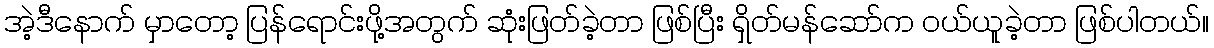
အဲ့ဒီနောက် မှာတော့ ပြန်ရောင်းဖို့အတွက် ဆုံးဖြတ်ခဲ့တာ ဖြစ်ပြီး ရှိတ်မန်ဆော်က ဝယ်ယူခဲ့တာ ဖြစ်ပါတယ်။